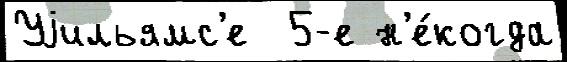
Уjильямс'е  5-е н'е́когда